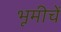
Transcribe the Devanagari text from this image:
भूमीचें